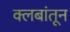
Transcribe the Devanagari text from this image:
क्लबांतून